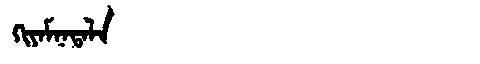
Manchu: ᡴᡳᠶᠠᠮᠨᠠᡨᠠᠯᠠ
Romanization: KIYAMNATALA